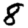
Digit: 8